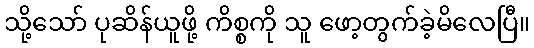
သို့သော် ပုဆိန်ယူဖို့ ကိစ္စကို သူ ဖော့တွက်ခဲ့မိလေပြီ။